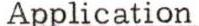
 Application